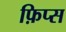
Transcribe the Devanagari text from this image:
फ़िप्स